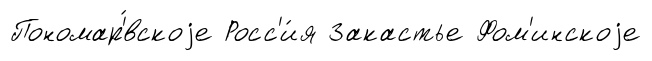
Пономар'́вскоjе Росс'и́я Закастье Фом'инскоjе